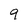
Character: 9